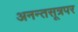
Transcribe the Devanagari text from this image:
अनन्तसूत्रपर